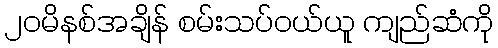
၂၀မိနစ်အချိန် စမ်းသပ်ဝယ်ယူ ကျည်ဆံကို